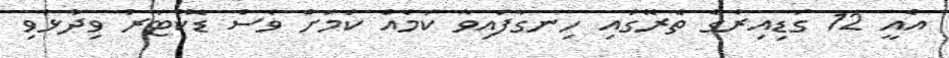
އެއީ 12 ގަޑިއިރުގެ ތެރޭގައި ހިނގާފައިވާ ކަމެއް ކަމަށް ވެސް ޑޮކްޓަރު ވިދާޅުވި